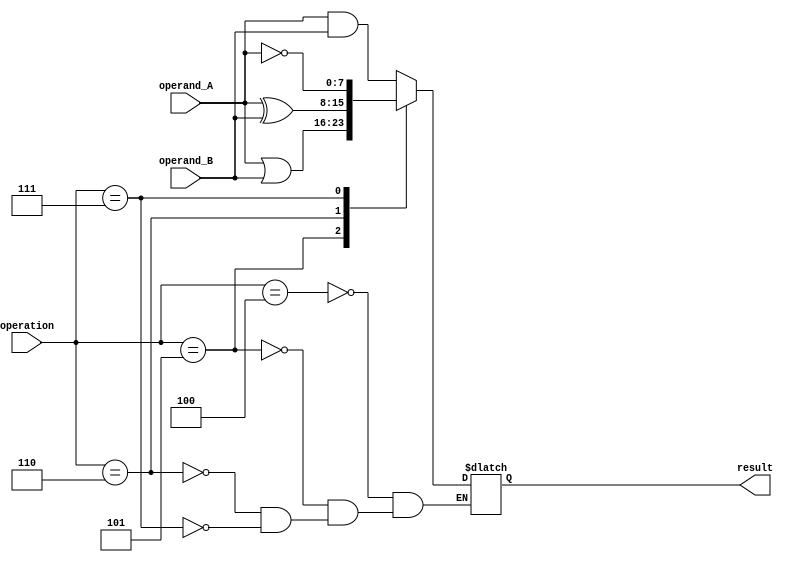
module ALU(
    input [7:0] operand_A,
    input [7:0] operand_B,
    input [2:0] operation,
    output reg [7:0] result
);

// Arithmetic blocks
reg [8:0] temp_result;
always @(*)
begin
    case(operation)
        3'b000: temp_result = operand_A + operand_B; // Adder
        3'b001: temp_result = operand_A - operand_B; // Subtractor
        3'b010: temp_result = operand_A * operand_B; // Multiplier
        3'b011: temp_result = operand_A / operand_B; // Divider
    endcase
end

// Logical operations
always @(*)
begin
    case(operation)
        3'b100: result = operand_A & operand_B; // AND
        3'b101: result = operand_A | operand_B; // OR
        3'b110: result = operand_A ^ operand_B; // XOR
        3'b111: result = ~operand_A; // NOT
    endcase
end

endmodule